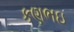
કણભઇ